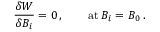
{ \frac { \delta W } { \delta B _ { i } } } = 0 \, , \quad \quad \mathrm { a t } \, B _ { i } = B _ { 0 } \, .